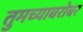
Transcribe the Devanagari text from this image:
तुमच्याबरोबर